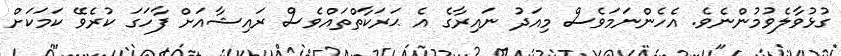
ގުޅުވާލެވުމުންނެވެ. އެހެންނަމަވެސް މިއަދު ނައިރާގެ އެ ޙަރަކާތްތައްވެސް ރައިޝާއަށް ފާހަގަ ކުރެވޭ ކަމަކަށް